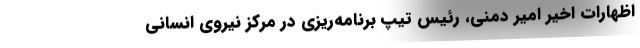
اظهارات اخیر امیر دمنی، رئیس تیپ برنامه‌ریزی در مرکز نیروی انسانی